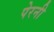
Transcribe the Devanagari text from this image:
पेरनी